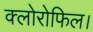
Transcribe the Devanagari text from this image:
क्लोरोफिल।